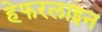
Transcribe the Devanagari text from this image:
हेफरलाइन